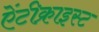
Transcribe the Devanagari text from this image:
ऐंटीक्राइस्ट